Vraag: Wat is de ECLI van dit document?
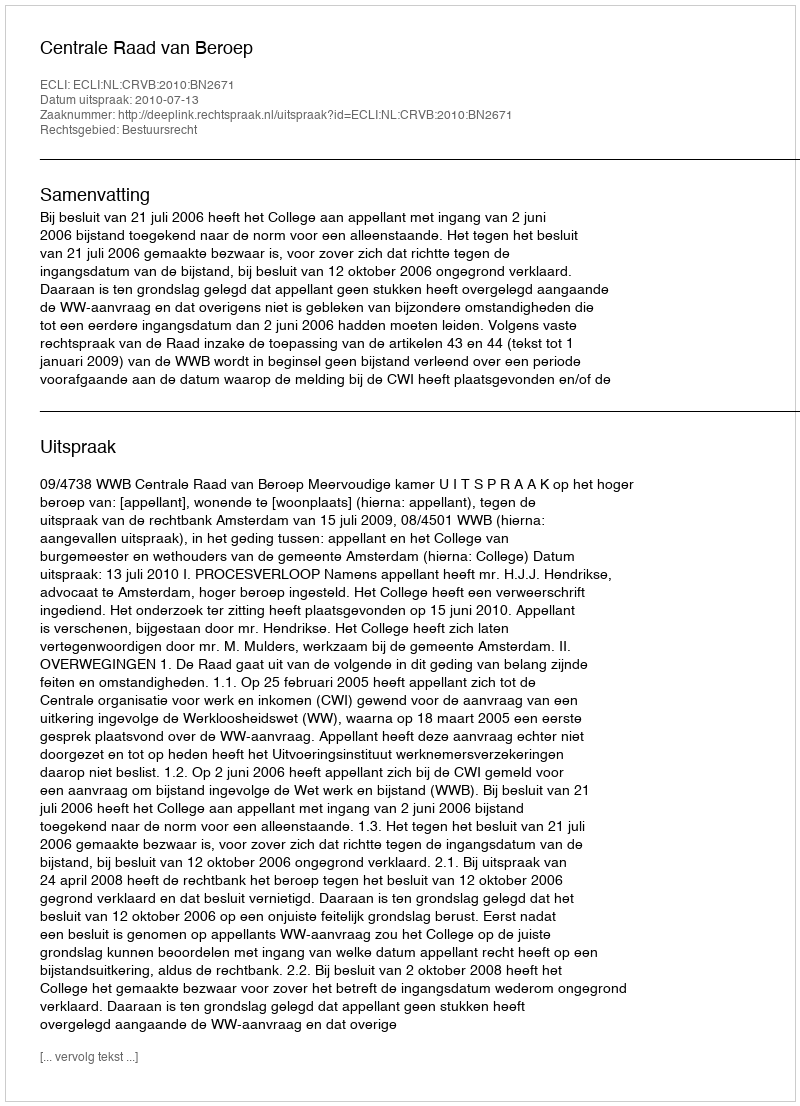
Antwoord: ECLI:NL:CRVB:2010:BN2671